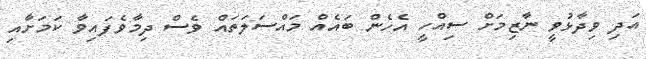
އަދި ވިދާޅުވީ ނާޒިމަށް ސިއްހީ އެހެން ބައެއް މައްސަލަތައް ވެސް ދިމާވެފައިވާ ކަމަށާއި